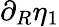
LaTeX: \partial_{R}\eta_{1}